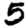
Digit: 5